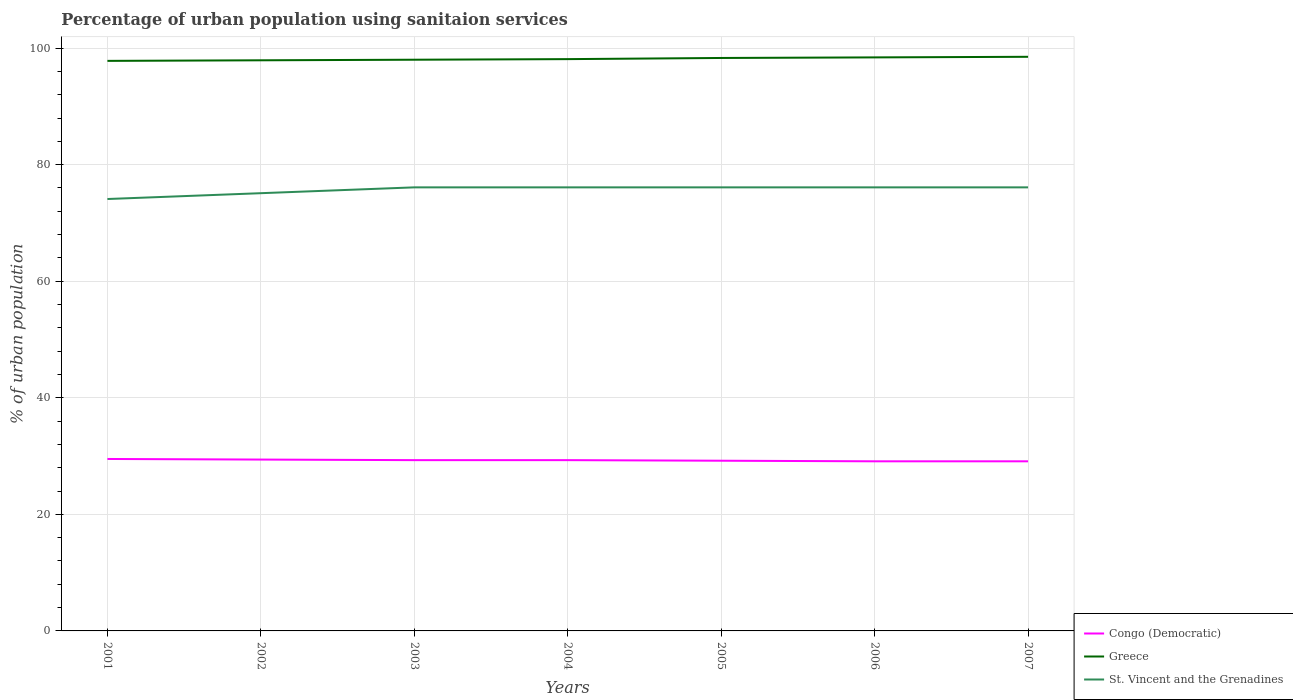
| Years | Congo (Democratic) | Greece | St. Vincent and the Grenadines |
 | --- | --- | --- | --- |
 | 2001 | 29.5 | 97.8 | 74.1 |
 | 2002 | 29.4 | 97.9 | 75.1 |
 | 2003 | 29.3 | 98 | 76.1 |
 | 2004 | 29.3 | 98.1 | 76.1 |
 | 2005 | 29.2 | 98.3 | 76.1 |
 | 2006 | 29.1 | 98.4 | 76.1 |
 | 2007 | 29.1 | 98.5 | 76.1 |